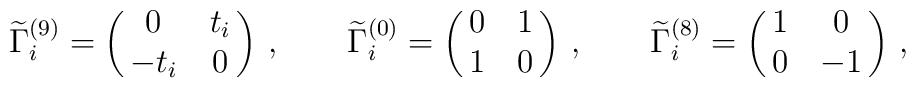
\widetilde{\Gamma}^{(9)}_i = \pmatrix{0 & t_i\cr -t_i & 0}\,  ,\qquad   \widetilde{\Gamma}^{(0)}_i = \pmatrix{0 & 1\cr 1 & 0}\,  ,\qquad   \widetilde{\Gamma}^{(8)}_i = \pmatrix{1 & 0\cr 0 & -1}\,  ,